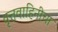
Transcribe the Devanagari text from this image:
वृत्तवाहिनीचा